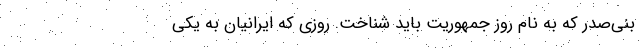
بنی‌صدر که به نام روز جمهوریت باید شناخت. روزی که ایرانیان به یکی